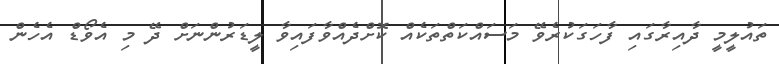
ތައުލީމީ ދާއިރާގައި ފާހަގަކުރެވޭ މަސައްކަތްތަކެއް ކޮށްދެއްވާފައިވާ ލީޑަރުންނަށް ދޭ މި އެވޯޑް އެހެން